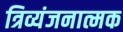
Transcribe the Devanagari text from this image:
त्रिव्यंजनात्मक